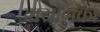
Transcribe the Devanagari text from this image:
आयोगका